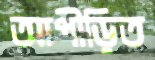
আপীড়িত